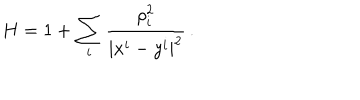
LaTeX: H = 1 + \sum _ { i } \frac { \rho _ { i } ^ { 2 } } { | x ^ { i } - y ^ { i } | ^ { 2 } } \, .